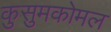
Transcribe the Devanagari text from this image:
कुसुमकोमल